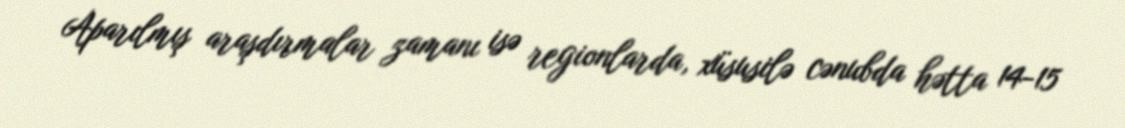
Aparılmış araşdırmalar zamanı isə regionlarda, xüsusilə cənubda hətta 14-15